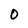
Character: 0